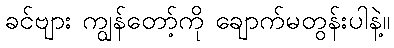
ခင်ဗျား ကျွန်တော့်ကို ချောက်မတွန်းပါနဲ့။